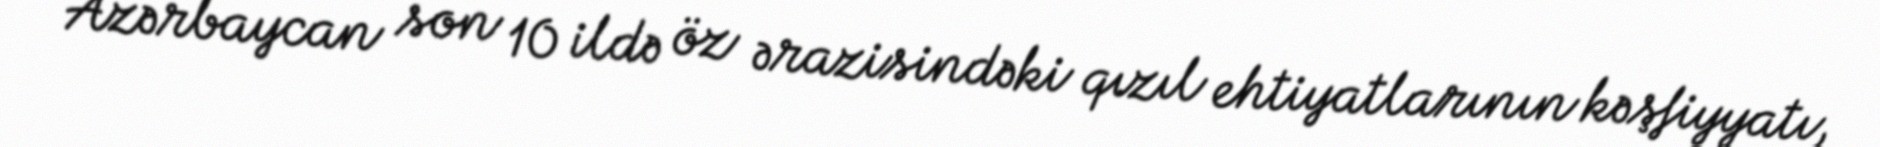
Azərbaycan son 10 ildə öz ərazisindəki qızıl ehtiyatlarının kəşfiyyatı,